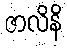
ဇာလိနိ